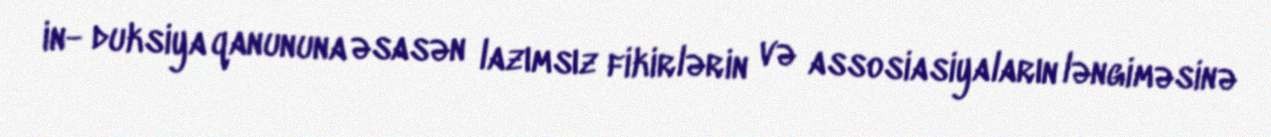
in- duksiya qanununa əsasən lazımsız fikirlərin və assosiasiyaların ləngiməsinə